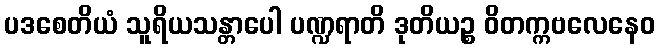
ပဒစေတိယံ သူရိယသန္တာပေါ ပဏ္ဍရာတိ ဒုတိယဉ္စ ဝိတက္ကဗလေနေဝ